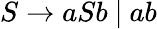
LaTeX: S\to aSb~|~ab